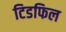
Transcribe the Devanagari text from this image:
टिडफिल